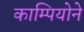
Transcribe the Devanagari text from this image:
काम्पियोने